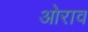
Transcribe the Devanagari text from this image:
ओराव